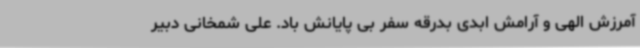
آمرزش الهی و آرامش ابدی بدرقه سفر بی پایانش باد. علی شمخانی دبیر